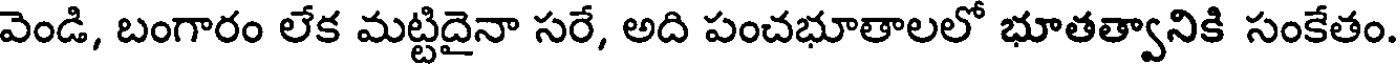
వెండి, బంగారం లేక మట్టిదైనా సరే, అది పంచభూతాలలో భూతత్వానికి సంకేతం.